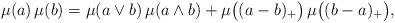
LaTeX: \begin{align*}\mu(a)\,\mu(b)=\mu(a\vee b)\,\mu(a\wedge b)+\mu\big((a-b)_+\big)\,\mu\big((b-a)_+\big), \end{align*}